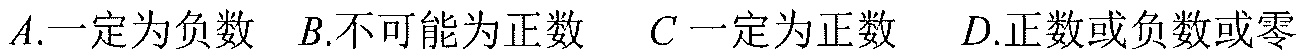
\(A.\)一定为负数 \(B.\)不可能为正数 \(C\)一定为正数 \(D.\)正数或负数或零